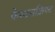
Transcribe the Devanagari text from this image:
फेस्टसक्रिफ्ट